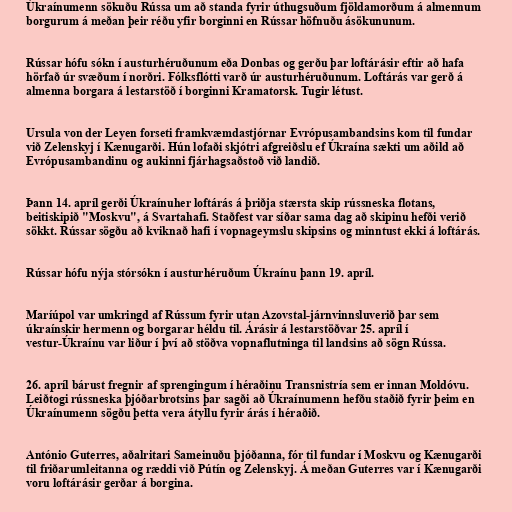
Úkraínumenn sökuðu Rússa um að standa fyrir úthugsuðum fjöldamorðum á almennum
borgurum á meðan þeir réðu yfir borginni en Rússar höfnuðu ásökununum.

Rússar hófu sókn í austurhéruðunum eða Donbas og gerðu þar loftárásir eftir að hafa
hörfað úr svæðum í norðri. Fólksflótti varð úr austurhéruðunum. Loftárás var gerð á
almenna borgara á lestarstöð í borginni Kramatorsk. Tugir létust.

Ursula von der Leyen forseti framkvæmdastjórnar Evrópusambandsins kom til fundar
við Zelenskyj í Kænugarði. Hún lofaði skjótri afgreiðslu ef Úkraína sækti um aðild að
Evrópusambandinu og aukinni fjárhagsaðstoð við landið.

Þann 14. apríl gerði Úkraínuher loftárás á þriðja stærsta skip rússneska flotans,
beitiskipið "Moskvu", á Svartahafi. Staðfest var síðar sama dag að skipinu hefði verið
sökkt. Rússar sögðu að kviknað hafi í vopnageymslu skipsins og minntust ekki á loftárás.

Rússar hófu nýja stórsókn í austurhéruðum Úkraínu þann 19. apríl.

Maríúpol var umkringd af Rússum fyrir utan Azovstal-járnvinnsluverið þar sem
úkraínskir hermenn og borgarar héldu til. Árásir á lestarstöðvar 25. apríl í
vestur-Úkraínu var liður í því að stöðva vopnaflutninga til landsins að sögn Rússa.

26. apríl bárust fregnir af sprengingum í héraðinu Transnistría sem er innan Moldóvu.
Leiðtogi rússneska þjóðarbrotsins þar sagði að Úkraínumenn hefðu staðið fyrir þeim en
Úkraínumenn sögðu þetta vera átyllu fyrir árás í héraðið.

António Guterres, aðalritari Sameinuðu þjóðanna, fór til fundar í Moskvu og Kænugarði
til friðarumleitanna og ræddi við Pútín og Zelenskyj. Á meðan Guterres var í Kænugarði
voru loftárásir gerðar á borgina.